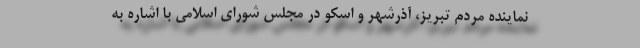
نماینده مردم تبریز، آذرشهر و اسکو در مجلس شورای اسلامی با اشاره به